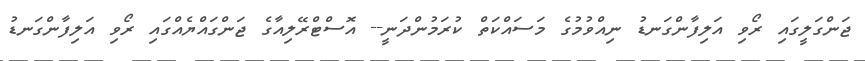
ޖަންގަލީގައި ރޯވި އަލިފާންގަނޑު ނިއްވުމުގެ މަސައްކަތް ކުރަމުންދަނީ-- އޮސްޓްރޭލިއާގެ ޖަންގައްޔެއްގައި ރޯވި އަލިފާންގަނޑު